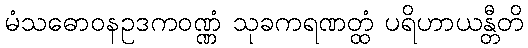
မံသဓောဝနဥဒကဝဏ္ဏံ သုခကရဏတ္ထံ ပရိဟာယန္တီတိ